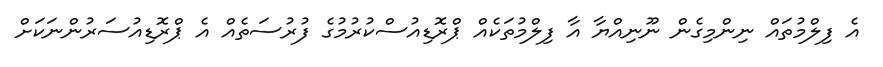
އެ ފިލްމުތައް ނިންމިގެން ނޫނިއްޔާ އާ ފިލްމުތަކެއް ޕްރޮޑިއުސްކުރުމުގެ ފުރުސަތެއް އެ ޕްރޮޑިއުސަރުންނަކަށް